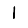
Digit: 1